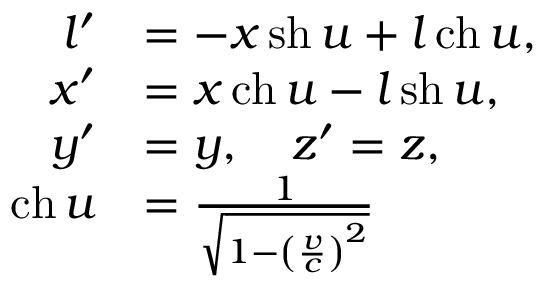
{ \begin{array} { r l } { l ^ { \prime } } & { = - x \operatorname { s h } u + l \operatorname { c h } u , } \\ { x ^ { \prime } } & { = x \operatorname { c h } u - l \operatorname { s h } u , } \\ { y ^ { \prime } } & { = y , \quad z ^ { \prime } = z , } \\ { \operatorname { c h } u } & { = { \frac { 1 } { \sqrt { 1 - \left( { \frac { v } { c } } \right) ^ { 2 } } } } } \end{array} }